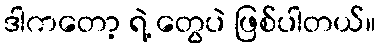
ဒါကတော့ ရဲ့ တွေပဲ ဖြစ်ပါတယ်။